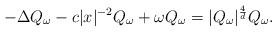
LaTeX: \begin{align*}-\Delta Q_\omega - c|x|^{-2} Q_\omega + \omega Q_\omega = |Q_\omega|^{\frac{4}{d}} Q_\omega.\end{align*}